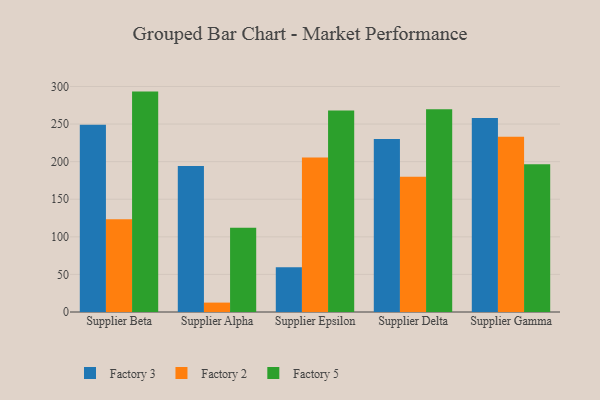
{"axis": {"x": "Supplier", "y": "Revenue (USD Million)"}, "legend": ["Factory 2", "Factory 3", "Factory 5"], "data": [{"x": "Supplier Beta", "y": 249.1, "type": "Factory 3"}, {"x": "Supplier Beta", "y": 123.5, "type": "Factory 2"}, {"x": "Supplier Beta", "y": 293.2, "type": "Factory 5"}, {"x": "Supplier Alpha", "y": 194.1, "type": "Factory 3"}, {"x": "Supplier Alpha", "y": 12.5, "type": "Factory 2"}, {"x": "Supplier Alpha", "y": 112.1, "type": "Factory 5"}, {"x": "Supplier Epsilon", "y": 59.5, "type": "Factory 3"}, {"x": "Supplier Epsilon", "y": 205.4, "type": "Factory 2"}, {"x": "Supplier Epsilon", "y": 267.9, "type": "Factory 5"}, {"x": "Supplier Delta", "y": 230.1, "type": "Factory 3"}, {"x": "Supplier Delta", "y": 179.9, "type": "Factory 2"}, {"x": "Supplier Delta", "y": 269.6, "type": "Factory 5"}, {"x": "Supplier Gamma", "y": 258.2, "type": "Factory 3"}, {"x": "Supplier Gamma", "y": 233.2, "type": "Factory 2"}, {"x": "Supplier Gamma", "y": 196.7, "type": "Factory 5"}]}